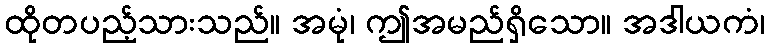
ထိုတပည့်သားသည်။ အမုံ၊ ဤအမည်ရှိသော။ အဒါယကံ၊